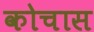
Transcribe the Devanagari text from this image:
कोचास